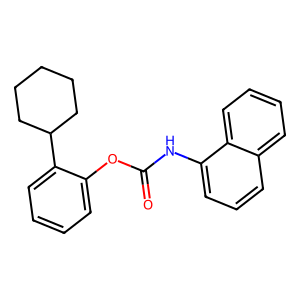
SMILES: O=C(Nc1cccc2ccccc12)Oc1ccccc1C1CCCCC1
Inhibits HIV replication: No